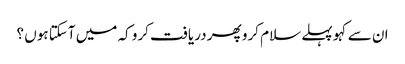
ان سے کہو پہلے سلام کرو پھر دریافت کرو کہ میں آسکتا ہوں ؟